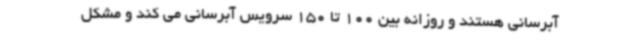
آبرسانی هستند و روزانه بین 100 تا 150 سرویس آبرسانی می کند و مشکل